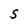
Character: S